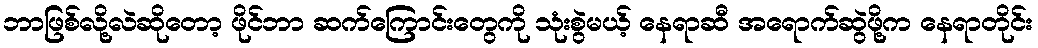
ဘာဖြစ်လို့လဲဆိုတော့ ဖိုင်ဘာ ဆက်ကြောင်းတွေကို သုံးစွဲမယ့် နေရာဆီ အရောက်ဆွဲဖို့က နေရာတိုင်း